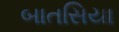
બાતસિયા